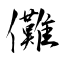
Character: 儺